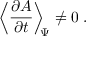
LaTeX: \left\langle \frac { \partial A } { \partial t } \right\rangle _ { \scriptstyle \! \! \Psi } \neq 0 \; .